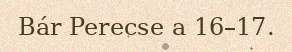
Bár Perecse a 16–17.